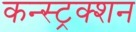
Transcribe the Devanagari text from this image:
कन्स्ट्रक्‍शन